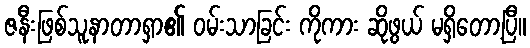
ဇနီးဖြစ်သူနာတာရှာ၏ ဝမ်းသာခြင်း ကိုကား ဆိုဖွယ် မရှိတော့ပြီ။